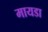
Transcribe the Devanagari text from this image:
मायडा